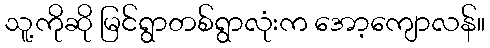
သူ့ကိုဆို မြင်ရွာတစ်ရွာလုံးက အော့ကျောလန်။